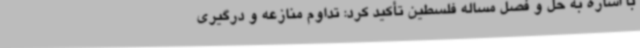
با اشاره به حل و فصل مساله فلسطین تأکید کرد: تداوم منازعه و درگیری